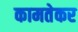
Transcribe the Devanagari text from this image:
कामतेकर